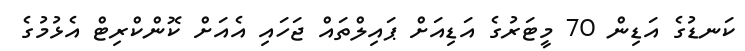
ކަނޑުގެ އަޑިން 70 މީޓަރުގެ އަޑިއަށް ޕައިލްތައް ޖަހައި އެއަށް ކޮންކްރިޓް އެޅުމުގެ